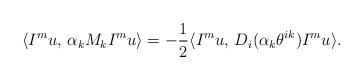
\begin{align*}\langle I^mu,\,\alpha_kM_kI^mu\rangle=-\frac{1}{2}\langle I^mu,\,D_i(\alpha_k\theta^{ik})I^mu\rangle.\end{align*}